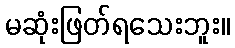
မဆုံးဖြတ်ရသေးဘူး။